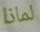
لماذا